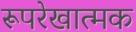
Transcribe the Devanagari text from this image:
रूपरेखात्मक